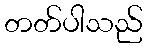
တတ်ပါသည်